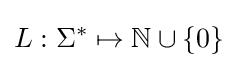
L:\Sigma ^{*}\mapsto \mathbb {N} \cup \{0\}